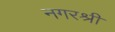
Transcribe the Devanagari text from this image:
नगरश्री